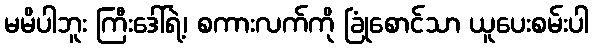
မမိပါဘူး ကြီးဒေါ်ရဲ့၊ စကားလက်ကို ခြုံစောင်သာ ယူပေးစမ်းပါ